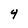
Character: 4